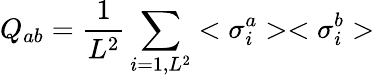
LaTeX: Q_{ab}={\frac{1}{L^{2}}}\sum_{i=1,L^{2}}<\sigma_{i}^{a}><\sigma_{i}^{b}>